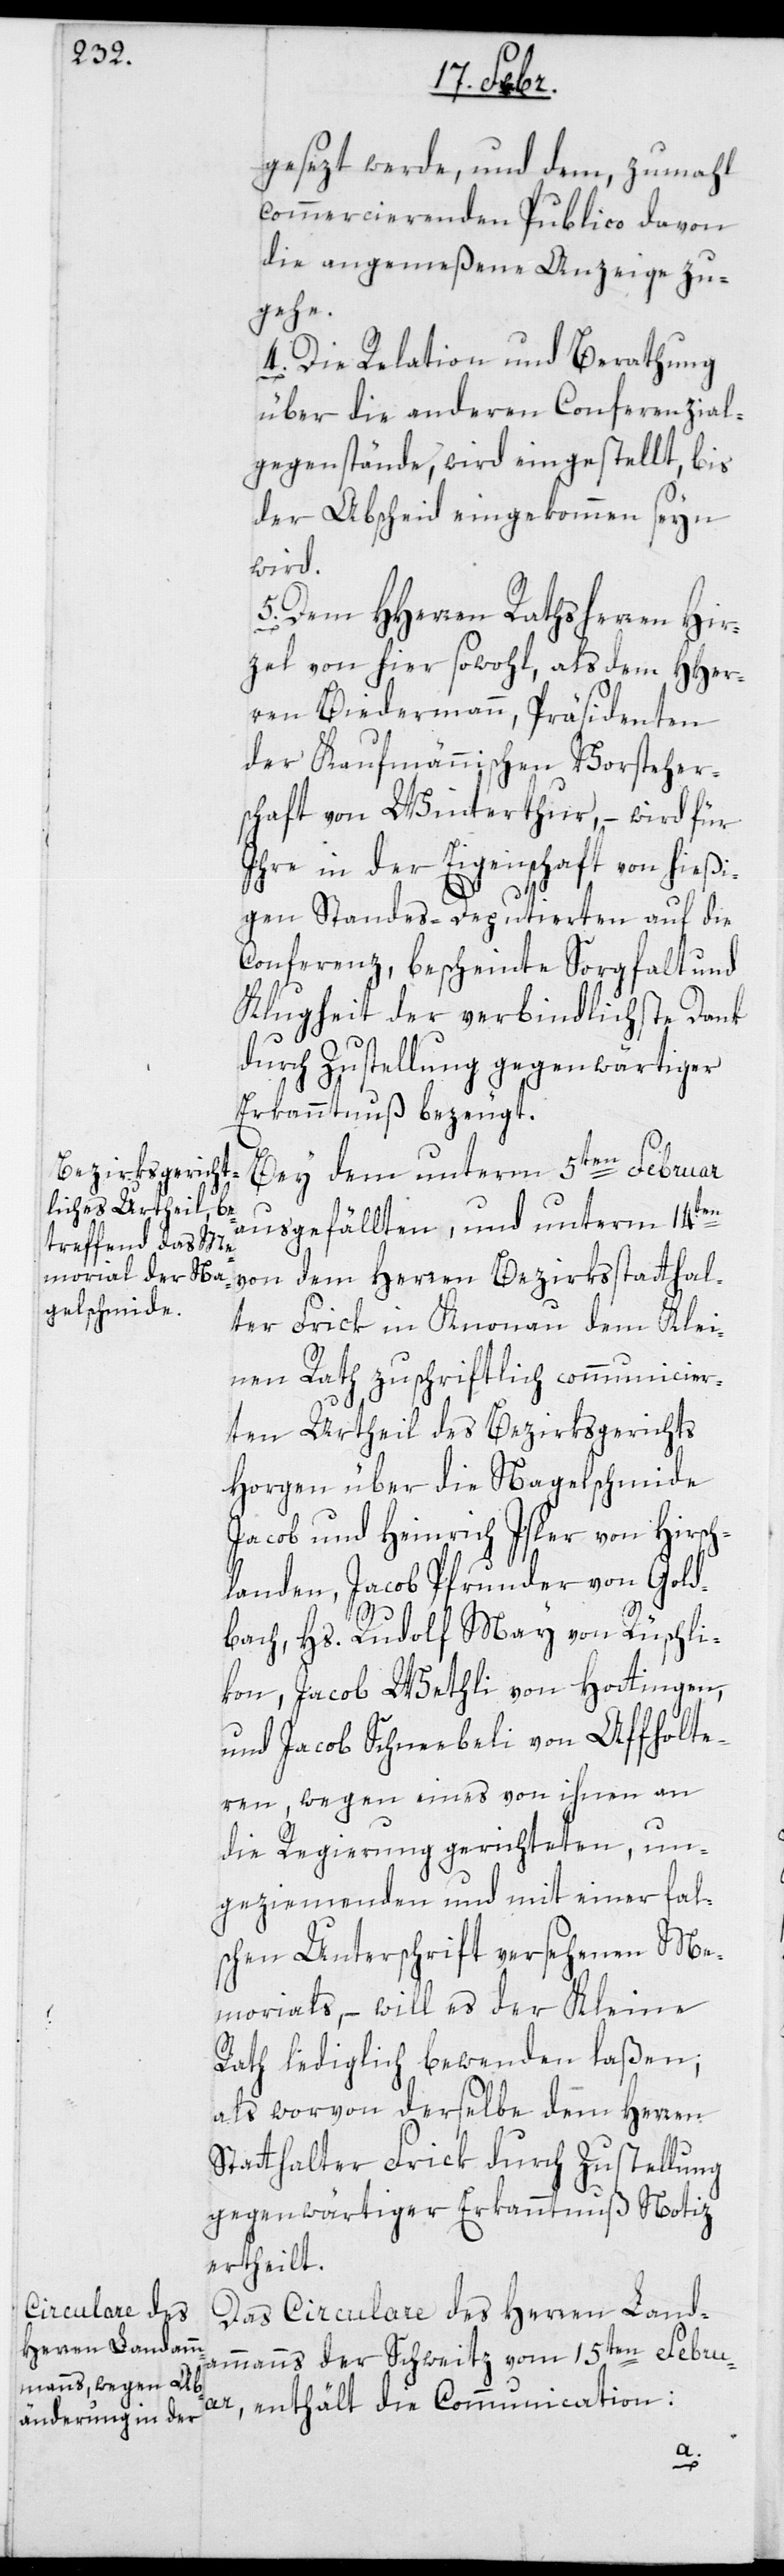
gesezt werde, und dem, zumahl
kommerzierenden Publico davon
die angemeßene Anzeige zu¬
gehe.
4.) Die Relation und Berathung
über die anderen Conferenzial-g¬
egenstände, wird eingestellt, bis
der Abscheid eingekommen seyn
wird.
5.) Dem HHerren Rathsherren Hir¬
zel von hier sowohl, als dem HHer¬
ren Biedermann, Präsidenten
der Kaufmännischen Vorsteher¬
schaft von Winterthur, – wird für
ihre in der Eigenschaft von hießi¬
gen Standes-Deputierten auf die
Conferenz, bescheinte Sorgfalt und
Klugheit der verbindlichste Dank
durch Zustellung gegenwärtiger
Erkanntnuß bezeugt.
Bei dem unterm 5ten Februar
ausgefällten, und unterm 14ten
von dem Herren Bezirksstatthal¬
ter Frick in Knonau dem Klei¬
nen Rath zuschriftlich communicier¬
ten Urtheil des Bezirksgerichts
Horgen über die Nagelschmiede
Jacob und heinrich Isler von Hirsch¬
landen, Jacob Pfrunder von Gold¬
bach, Hs. Rudolf May von Rüschli¬
kon, Jacob Wethli von Hottingen
und Jacob Schneebeli von Affolte¬
rn, wegen eines von ihnen an
die Regierung gerichteten, un¬
geziemenden und mit einer fal¬
schen Unterschrift versehenen Me¬
morials, – will es der Kleine
Rath lediglich bewenden laßen;
als worvon derselbe dem Herren
Statthalter Frick durch Zustellung
gegenwärtiger Erkanntnuß Notiz
ertheilt.
Das Circulare des Herren Land¬
ammanns der Schweitz vom 15ten Febru¬
ar, enthält die Communication: